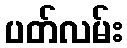
ပတ်လမ်း